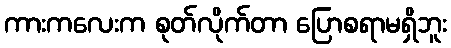
ကားကလေးက စုတ်လိုက်တာ ပြောစရာမရှိဘူး